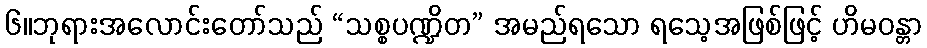
၆။ဘုရားအလောင်းတော်သည် “သစ္စပဏ္ဍိတ” အမည်ရသော ရသေ့အဖြစ်ဖြင့် ဟိမဝန္တာ